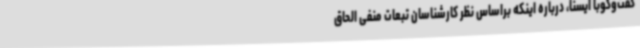
گفت‌وگوبا ایسنا، درباره اینکه براساس نظر کارشناسان تبعات منفی الحاق